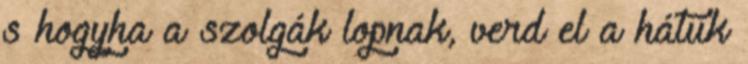
s hogyha a szolgák lopnak, verd el a hátuk